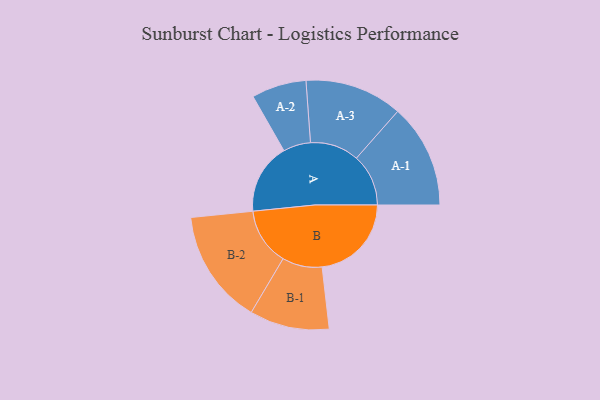
{"axis": {"x": "Segment", "y": "Value"}, "legend": ["", "A", "B"], "data": [{"x": "A", "y": 356, "type": ""}, {"x": "B", "y": 450, "type": ""}, {"x": "A-1", "y": 262, "type": "A"}, {"x": "A-2", "y": 138, "type": "A"}, {"x": "A-3", "y": 246, "type": "A"}, {"x": "B-1", "y": 201, "type": "B"}, {"x": "B-2", "y": 289, "type": "B"}]}